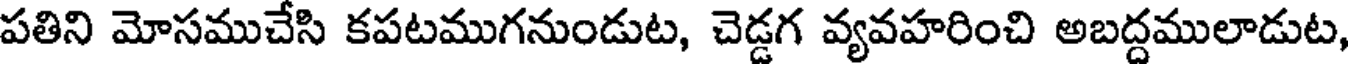
పతిని మోసముచేసి కపటముగనుండుట, చెడ్డగ వ్యవహరించి అబద్దములాడుట,